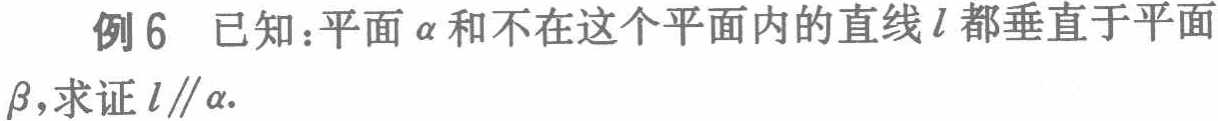
例6 已知：平面$\alpha$和不在这个平面内的直线$l$都垂直于平面$\beta$，求证$l\parallel\alpha$.